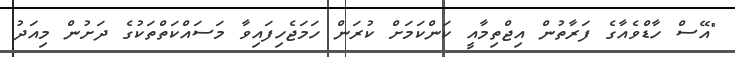
"އޭސް ހާޑްވެއާގެ ފަރާތުން އިޖްތިމާއީ ކަންކަމަށް ކުރަން ހަމަޖެހިފައިވާ މަސައްކަތްތަކުގެ ދަށުން މިއަދު